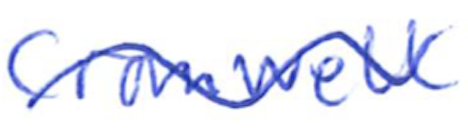
Text: Cromwell
Cross-out: wave
Writing tool: ballpoint